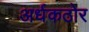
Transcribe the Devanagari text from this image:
अर्धकठोर